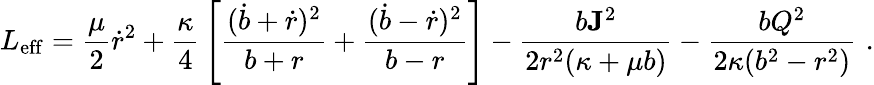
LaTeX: L_{\mathrm{eff}}={\frac{\mu}{2}}\dot{r}^{2}+{\frac{\kappa}{4}}\left[{\frac{(\dot{b}+\dot{r})^{2}}{b+r}}+{\frac{(\dot{b}-\dot{r})^{2}}{b-r}}\right]-{\frac{b{\mathbf J}^{2}}{2r^{2}(\kappa+\mu b)}}-{\frac{bQ^{2}}{2\kappa(b^{2}-r^{2})}}\, \, .